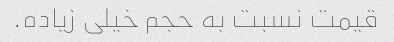
قیمت نسبت به حجم خیلی‌ زیاده.